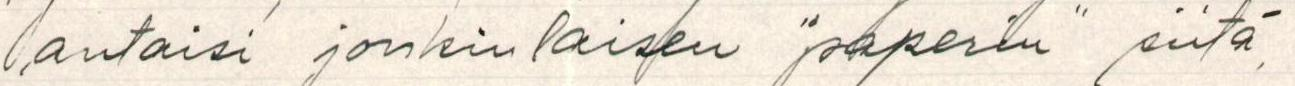
antaisi jonkinlaisen "paperin" siitä,